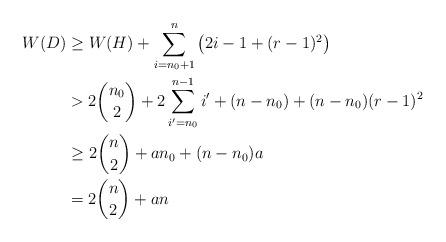
LaTeX: \begin{align*}W(D) &\ge W(H)+\sum_{i=n_0+1}^{n} \left(2i-1+(r-1)^2\right) \\&> 2\binom{n_0}{2} + 2\sum_{i'=n_0}^{n-1} i' +(n-n_0)+(n-n_0)(r-1)^2\\&\ge 2\binom{n}{2}+an_0+ (n-n_0)a\\&= 2\binom{n}{2}+an\end{align*}